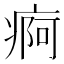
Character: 痾